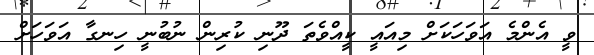
ވީ އެންމެ އަވަހަކަށް މިއައީ ކީއްވެތަ ދޫނި ކުރިން ނުބުނީ ހިނގާ އަވަހަށް